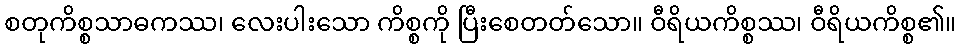
စတုကိစ္စသာဓကဿ၊ လေးပါးသော ကိစ္စကို ပြီးစေတတ်သော။ ဝီရိယကိစ္စဿ၊ ဝီရိယကိစ္စ၏။